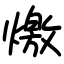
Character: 燩